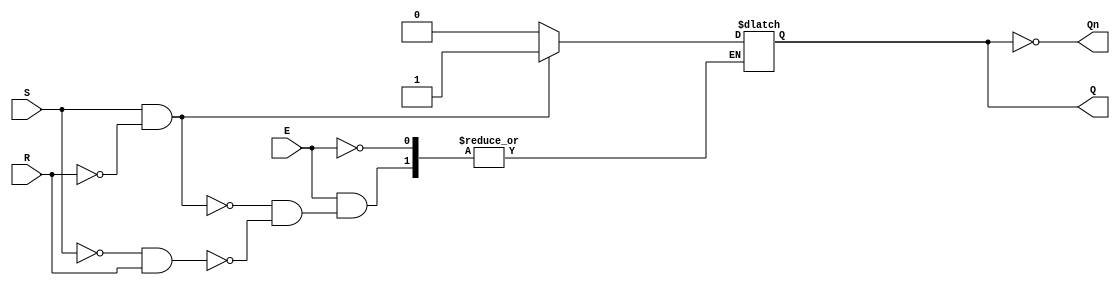
module gated_sr_latch (
    input wire S,      // Set input
    input wire R,      // Reset input
    input wire E,      // Enable input
    output reg Q,      // Output Q
    output wire Qn     // Complementary output (not Q)
);

    assign Qn = ~Q; // Q' is the complement of Q

    always @ (E or S or R) begin
        if (E) begin
            if (S && ~R) begin
                Q <= 1'b1; // Set Q to high
            end else if (~S && R) begin
                Q <= 1'b0; // Reset Q to low
            end
            // If both S and R are high, the output state is indeterminate
            // and we do not change Q in this case.
        end
        // If E is low, maintain the current state of Q
    end

endmodule